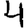
Digit: 4